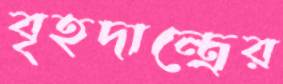
বৃহদান্ত্রের